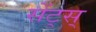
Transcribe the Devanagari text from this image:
सेंट्स्